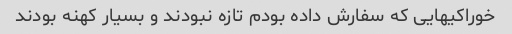
خوراکیهایی که سفارش داده بودم تازه نبودند و بسیار کهنه بودند